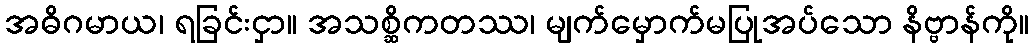
အဓိဂမာယ၊ ရခြင်းငှာ။ အသစ္ဆိကတဿ၊ မျက်မှောက်မပြုအပ်သော နိဗ္ဗာန်ကို။